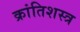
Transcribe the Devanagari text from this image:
क्रांतिशस्त्र